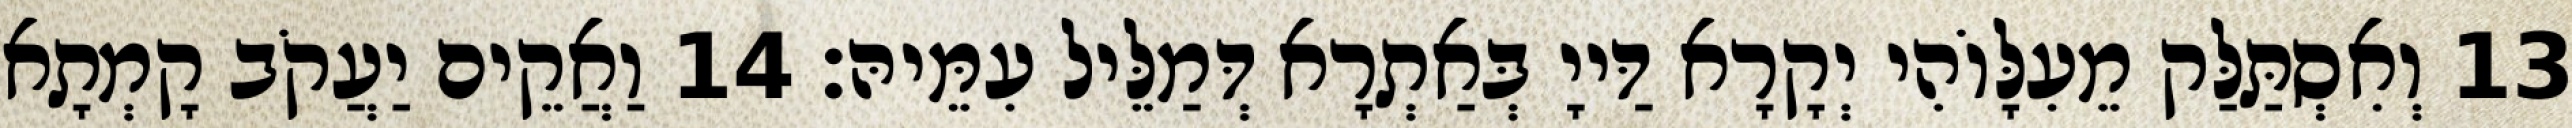
13 וְאִסְתַּלַּק מֵעִלָּוֹהִי יְקָרָא דַּייָ בְּאַתְרָא דְּמַלֵּיל עִמֵּיהּ׃ 14 וַאֲקֵים יַעֲקֹב קָמְתָא